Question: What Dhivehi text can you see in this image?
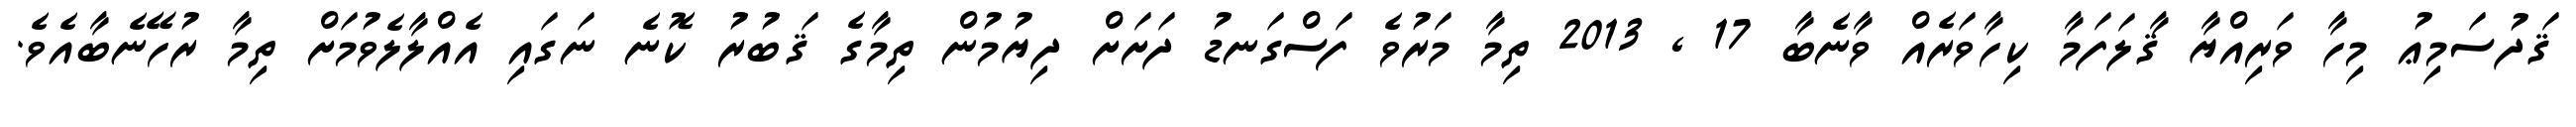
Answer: ޤަދުސަމިޢު މިހާ ވަރިއްޔާ ޤާލަފަމާ ކިހާވަރެއް ވާނެބާ 17 , 2013 ތިމާ މަރުވެ ފަސްގަނޑު ދަށަށް ދިޔުމުން ތިމާގެ ޤަބުރު ކޮނެ ނަގައި އެއްލާލެވުމަށް ތިމާ ރުހޭނެބާއެވެ.